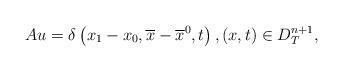
LaTeX: \begin{align*}Au=\delta \left( x_{1}-x_{0},\overline{x}-\overline{x}^{0},t\right) ,\left(x,t\right) \in D_{T}^{n+1}, \end{align*}